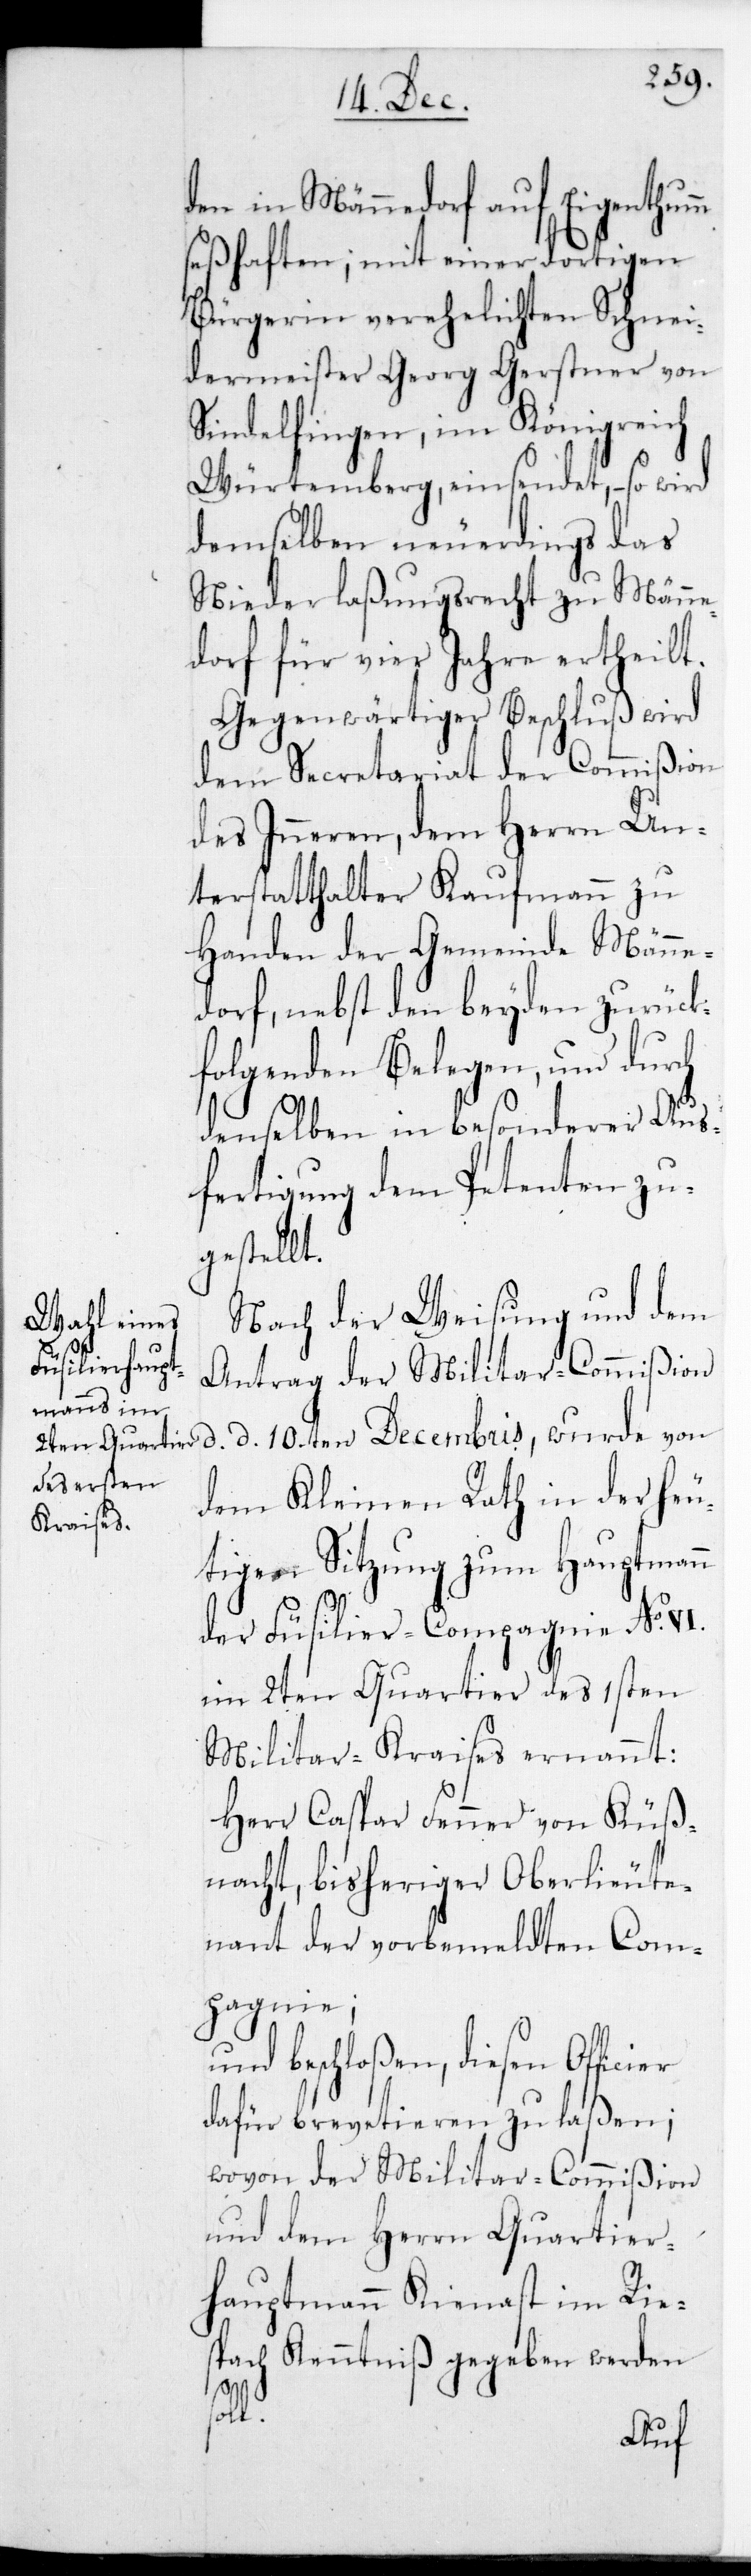
den in Männedorf auf Eigenthum
seßhaften, mit einer dortigen
Bürgerin verehelichten Schnei¬
dermeister Georg Gerstner von
Sindelfingen im Königreich
Würtemberg, einsendet, – so wird
demselben neuerdings das
Niederlaßungsrecht zu Männe¬
dorf für vier Jahre ertheilt.
Gegenwärtiger Beschluß wird
dem Secretariat der Commißion
des Inneren, dem Herrn Un¬
terstatthalter Kaufmann zu
Handen der Gemeinde Männe¬
dorf, nebst den beyden zurück¬
folgenden Belegen, und durch
denselben in besonderer Aus¬
fertigung dem Petenten zu¬
gestellt.
Nach der Weisung und dem
Antrag der Militar-Commißion,
datiert 10ten Decembris, wurde von
dem Kleinen Rath in der heu¬
tigen Sitzung zum Hauptmann
der Füslier-Compagnie No VI.
im 2ten Quartier des 1sten
Militarkreises ernannt:
Herr Caspar Fenner von Küß¬
nacht, bisheriger Oberlieute¬
nant der vorbemeldten Com¬
pagnie;
und beschloßen, diesen Officier
dafür brevetieren zu laßen;
wovon der Militar-Commißion
und dem Herrn Quartier¬
hauptmann Kienast im Rie¬
sbach Kenntniß gegeben werden
soll.